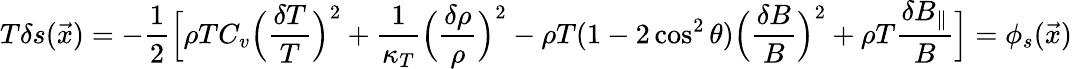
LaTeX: T\delta s(\vec{x})=-\frac{1}{2}\Big[\rho TC_{v}\Big(\frac{\delta T}{T}\Big)^{2}+\frac{1}{\kappa_{T}}\Big(\frac{\delta\rho}{\rho}\Big)^{2}-\rho T(1-2\cos^{2}\theta)\Big(\frac{\delta B}{B}\Big)^{2}+\rho T\frac{\delta B_{\| }}{B}\Big]=\phi_{s}(\vec{x})